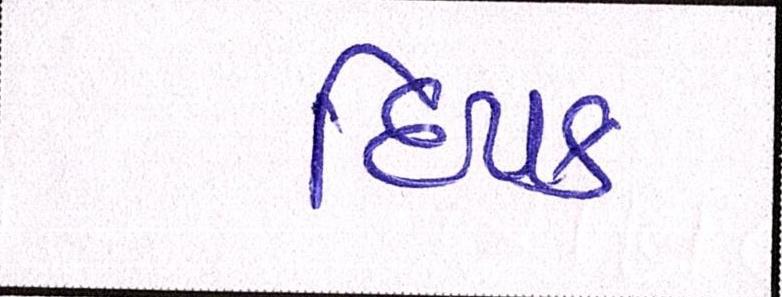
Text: દિપક